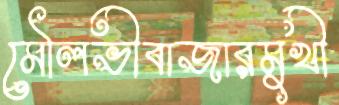
মৌলভীবাজারমুখী